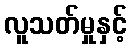
လူသတ်မှုနှင့်